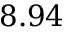
8 . 9 4